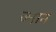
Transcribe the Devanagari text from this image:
ज्नान